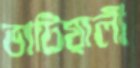
ভাটিয়ালী